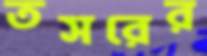
তসরের